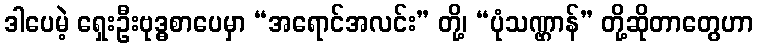
ဒါပေမဲ့ ရှေးဦးဗုဒ္ဓစာပေမှာ “အရောင်အလင်း” တို့၊ “ပုံသဏ္ဌာန်” တို့ဆိုတာတွေဟာ